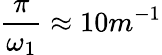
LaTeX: \frac{\pi}{\omega_{1}}\approx 10m^{-1}